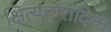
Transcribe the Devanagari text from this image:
क्षित्यंकुरादिक